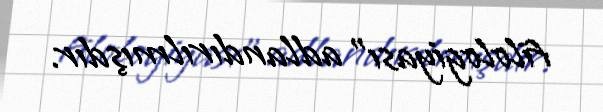
filologiyası” adlandırılmışdır.